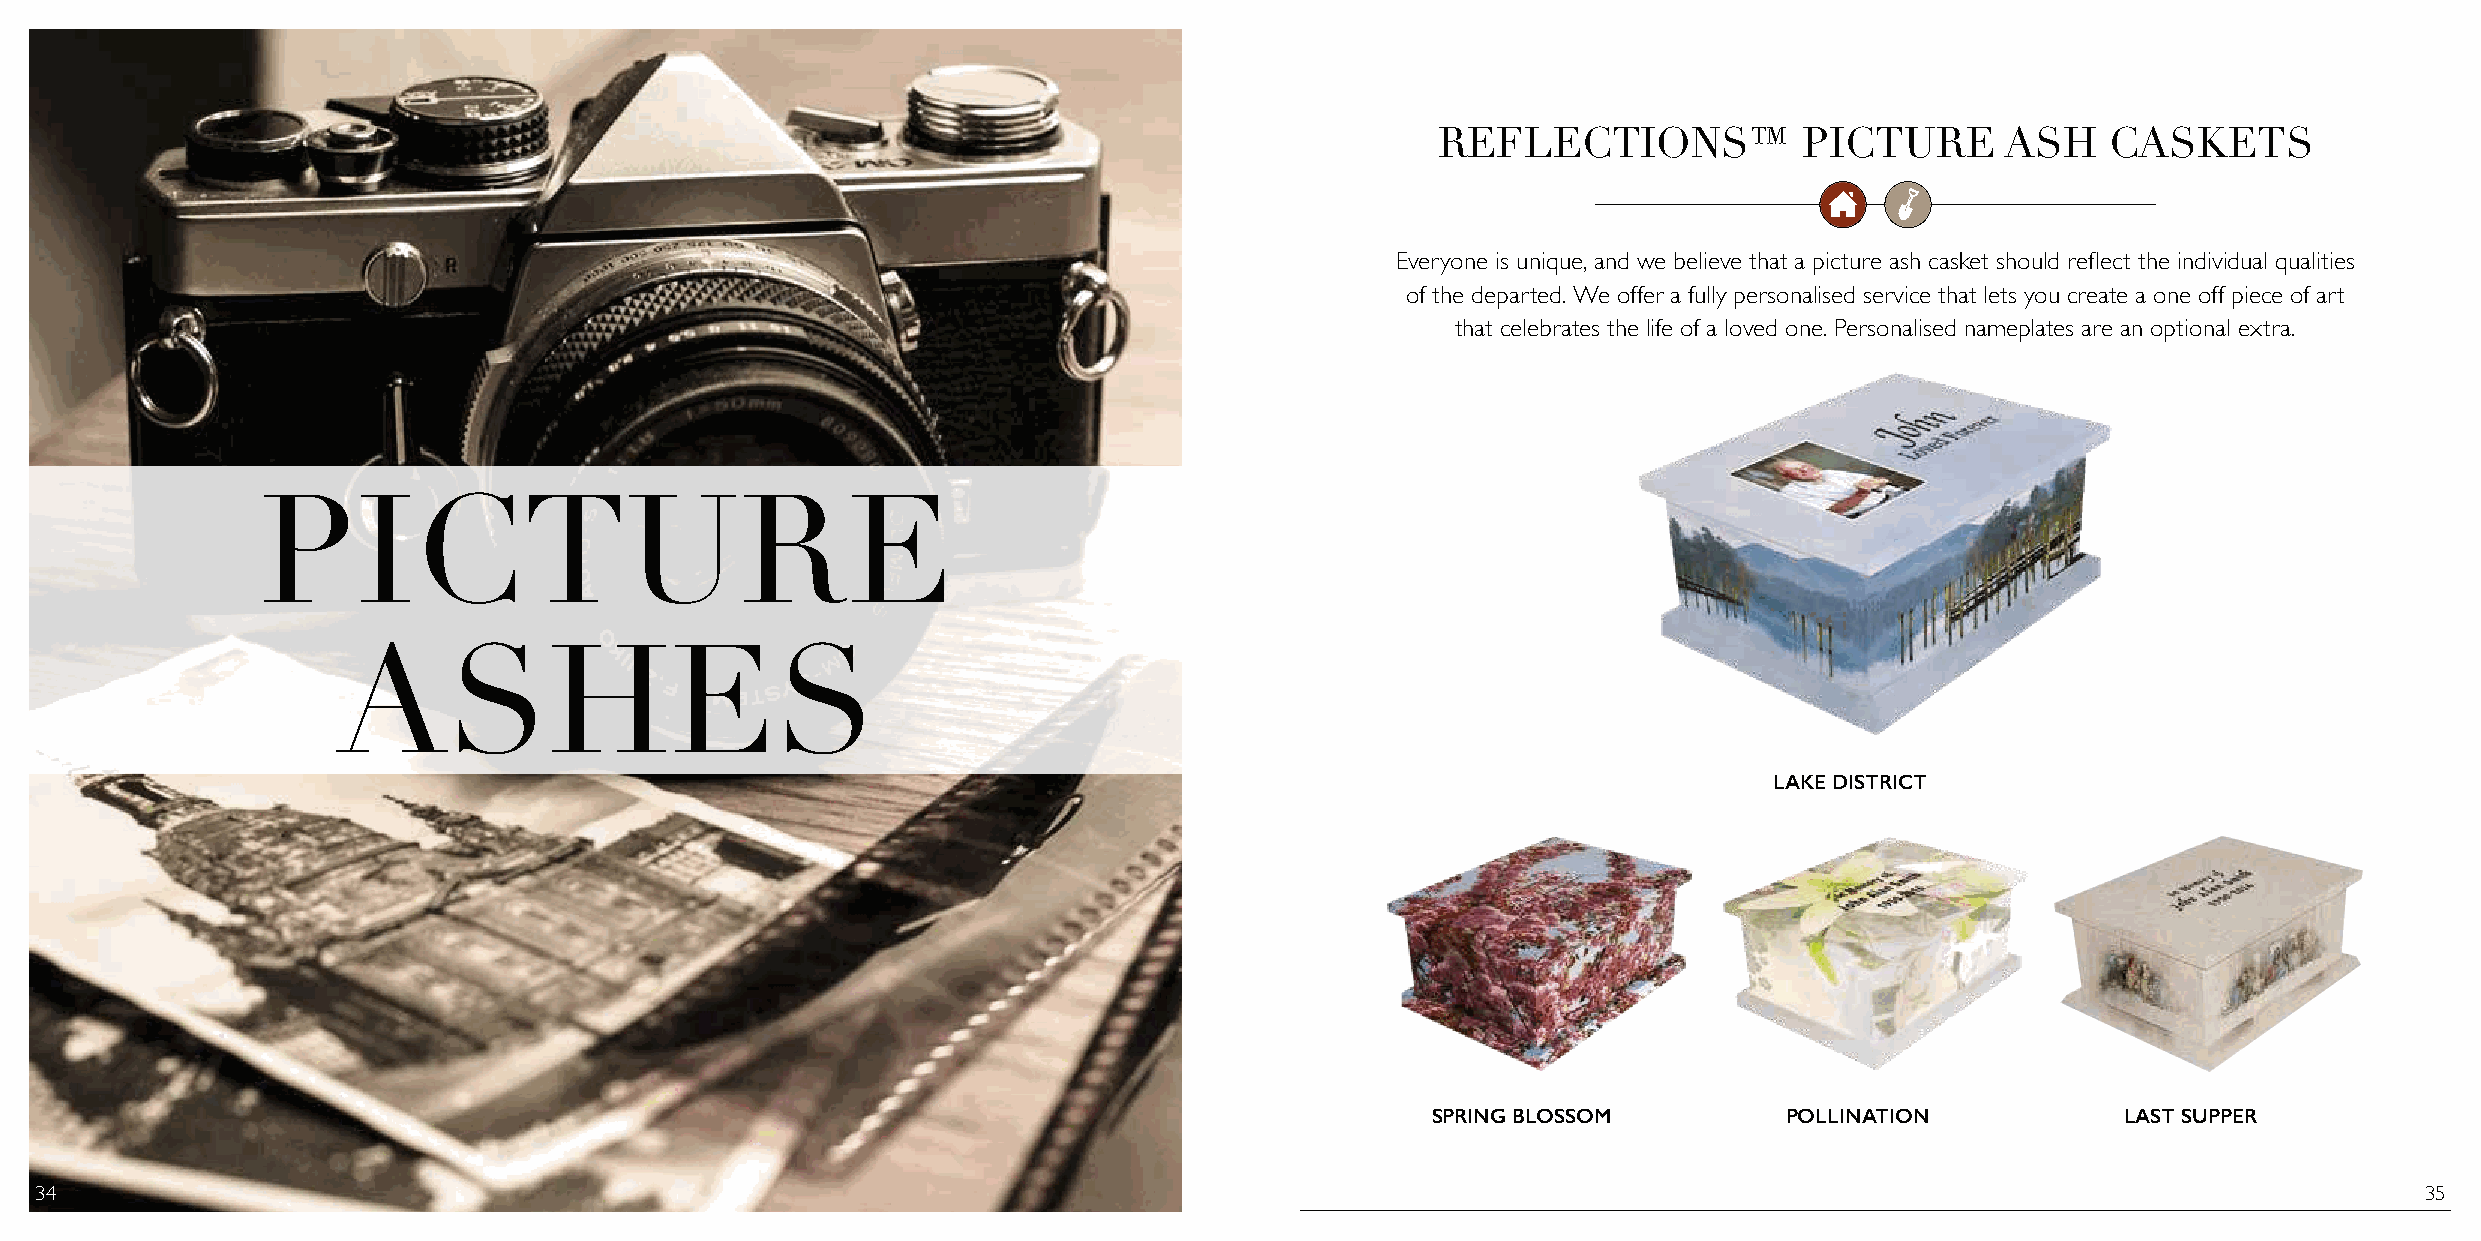
REFLECTIONS™            PICTURE       ASH    CASKETS
 Everyone is unique, and we believe that a picture ash casket should reflect the individual qualities
 of the departed. We offer a fully personalised service that lets you create a one off piece of art
 that celebrates the life of a loved one. Personalised nameplates are an optional extra.
 PICTURE
 ASHES
 LAKE DISTRICT
 SPRING BLOSSOM         POLLINATION            LAST SUPPER
 34                                                                                                                                                            35